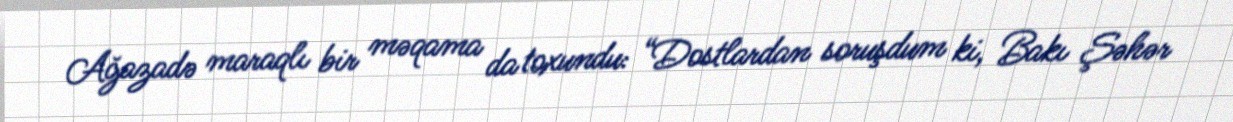
Ağazadə maraqlı bir məqama da toxundu: “Dostlardan soruşdum ki, Bakı Şəhər